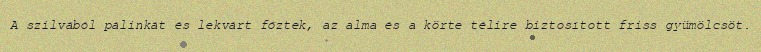
A szilvából pálinkát és lekvárt főztek, az alma és a körte télire biztosított friss gyümölcsöt.